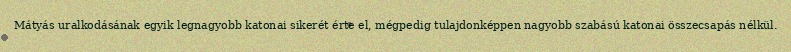
Mátyás uralkodásának egyik legnagyobb katonai sikerét érte el, mégpedig tulajdonképpen nagyobb szabású katonai összecsapás nélkül.